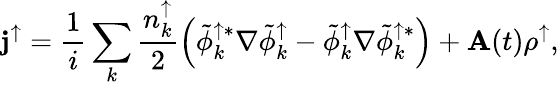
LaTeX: {\mathbf j}^{\uparrow}=\frac{1}{i}\sum_{k}{\frac{n_{k}^{\uparrow}}{2}\left(\tilde{\phi}_{k}^{\uparrow*}\nabla\tilde{\phi}_{k}^{\uparrow}-\tilde{\phi}_{k}^{\uparrow}\nabla\tilde{\phi}_{k}^{\uparrow*}\right)}+{\mathbf A}(t)\rho^{\uparrow},